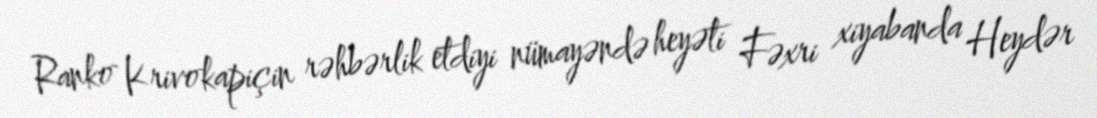
Ranko Krivokapiçin rəhbərlik etdiyi nümayəndə heyəti Fəxri xiyabanda Heydər